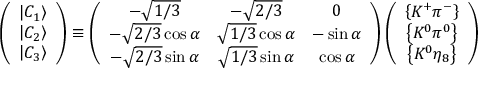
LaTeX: \left( \begin{array} { c } { { \left| C _ { 1 } \right\rangle } } \\ { { \left| C _ { 2 } \right\rangle } } \\ { { \left| C _ { 3 } \right\rangle } } \end{array} \right) \equiv \left( \begin{array} { c c c } { { - \sqrt { 1 / 3 } } } & { { - \sqrt { 2 / 3 } } } & { { 0 } } \\ { { - \sqrt { 2 / 3 } \cos \alpha } } & { { \sqrt { 1 / 3 } \cos \alpha } } & { { - \sin \alpha } } \\ { { - \sqrt { 2 / 3 } \sin \alpha } } & { { \sqrt { 1 / 3 } \sin \alpha } } & { { \cos \alpha } } \end{array} \right) \left( \begin{array} { c } { { \left\{ K ^ { + } \pi ^ { - } \right\} } } \\ { { \left\{ K ^ { 0 } \pi ^ { 0 } \right\} } } \\ { { \left\{ K ^ { 0 } \eta _ { 8 } \right\} } } \end{array} \right)